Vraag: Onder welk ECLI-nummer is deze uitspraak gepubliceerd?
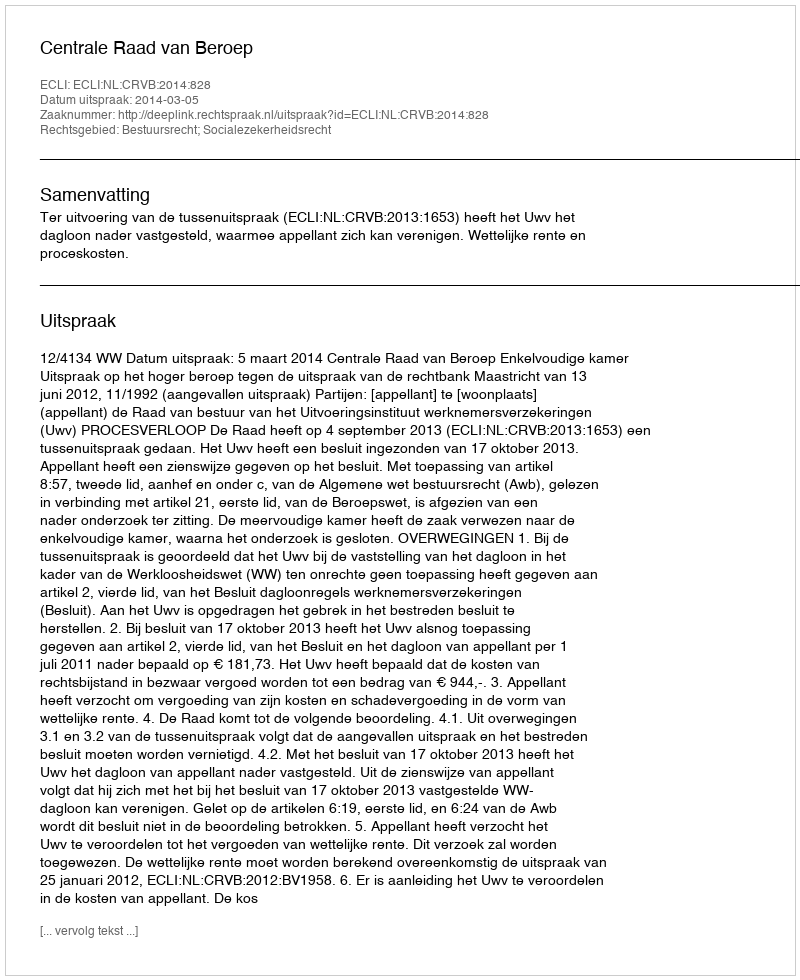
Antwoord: ECLI:NL:CRVB:2014:828